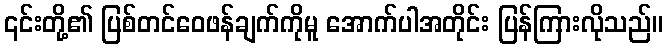
၎င်းတို့၏ ပြစ်တင်ဝေဖန်ချက်ကိုမူ အောက်ပါအတိုင်း ပြန်ကြားလိုသည်။